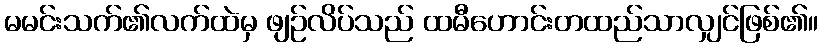
မမင်းသက်၏လက်ထဲမှ ဖျဉ်လိပ်သည် ထမီဟောင်းတထည်သာလျှင်ဖြစ်၏။